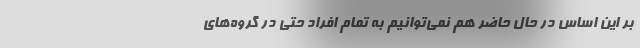
بر این اساس در حال حاضر هم نمی‌توانیم به تمام افراد حتی در گروه‌های